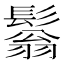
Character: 𩮬